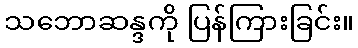
သဘောဆန္ဒကို ပြန်ကြားခြင်း။